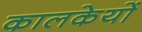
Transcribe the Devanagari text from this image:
कालकेयों